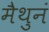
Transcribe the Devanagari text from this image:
मैथुनं